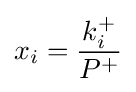
x_{i}={\frac {k_{i}^{+}}{P^{+}}}